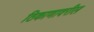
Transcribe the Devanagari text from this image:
ठिकाणावरील